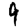
Digit: 9